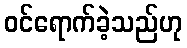
ဝင်ရောက်ခဲ့သည်ဟု